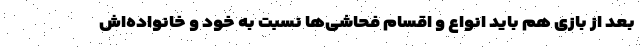
بعد از بازی هم باید انواع و اقسام فحاشی‌ها نسبت به خود و خانواده‌اش